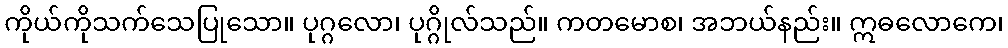
ကိုယ်ကိုသက်သေပြုသော။ ပုဂ္ဂလော၊ ပုဂ္ဂိုလ်သည်။ ကတမောစ၊ အဘယ်နည်း။ ဣဓလောကေ၊